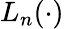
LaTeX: L_{n}(\cdot)